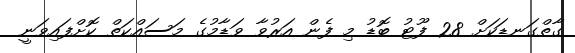
ގާތްގަނޑަކަށް 28 ފޫޓު ބޮޑު މި ފެން އަރުވާ ވަޑާމުގެ މަސައްކަތް ކޮށްފައިވަނީ